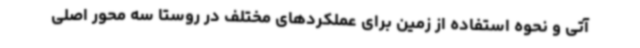
آتی و نحوه استفاده از زمین برای عملکردهای مختلف در روستا سه محور اصلی